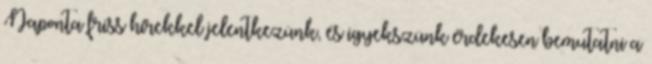
Naponta friss hírekkel jelentkezünk, és igyekszünk érdekesen bemutatni a